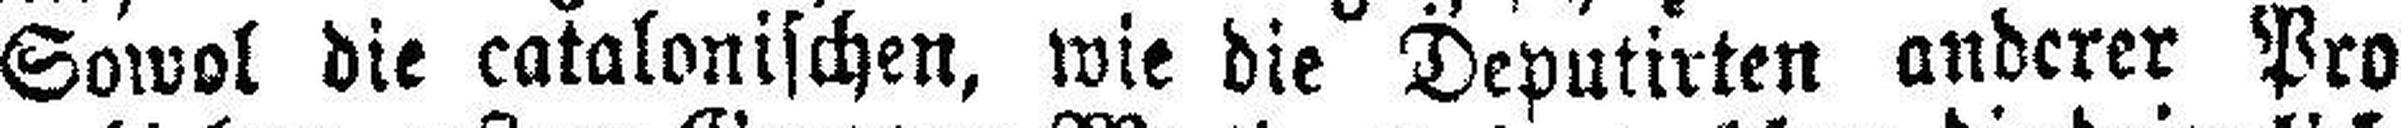
Sowol die catalonischen, wie die Deputirten anderer Pro